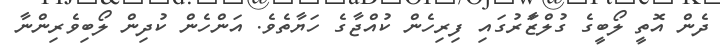
ދެން އޮތީ ލޯބީގެ ގުލްޒަާރުގައި ފިރިހެން ކުއްޖާގެ ހަޔާތެވެ. އަންހެން ކުދިން ލޯބިވެރިންނާ